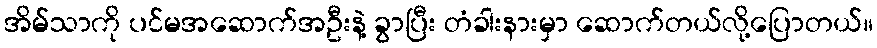
အိမ်သာကို ပင်မအဆောက်အဦးနဲ့ ခွာပြီး တံခါးနားမှာ ဆောက်တယ်လို့ပြောတယ်။